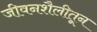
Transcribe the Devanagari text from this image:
जीवनशैलीतून